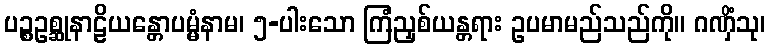
ပဉ္စဥစ္ဆုနာဠိယန္တောပမ္မံနာမ၊ ၅-ပါးသော ကြံညှစ်ယန္တရား ဥပမာမည်သည်ကို။ ဂဏှိံသု၊